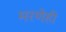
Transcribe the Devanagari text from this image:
मरणेही